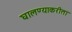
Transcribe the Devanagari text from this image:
घालण्याकरीता